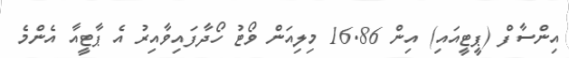
އިންސާފް (ޕީޓީއައި) އިން 16.86 މިލިއަން ވޯޓު ހޯދާފައިވާއިރު އެ ޕާޓީއާ އެންމެ